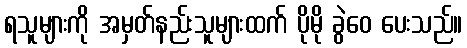
ရသူများကို အမှတ်နည်းသူများထက် ပိုမို ခွဲဝေ ပေးသည်။